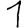
Digit: 1